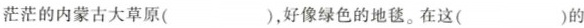
茫茫的内蒙古大草原( )，好像绿色的地毯。在这( )的